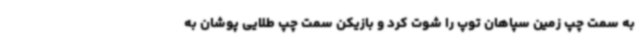
به سمت چپ زمین سپاهان توپ را شوت کرد و بازیکن سمت چپ طلایی پوشان به